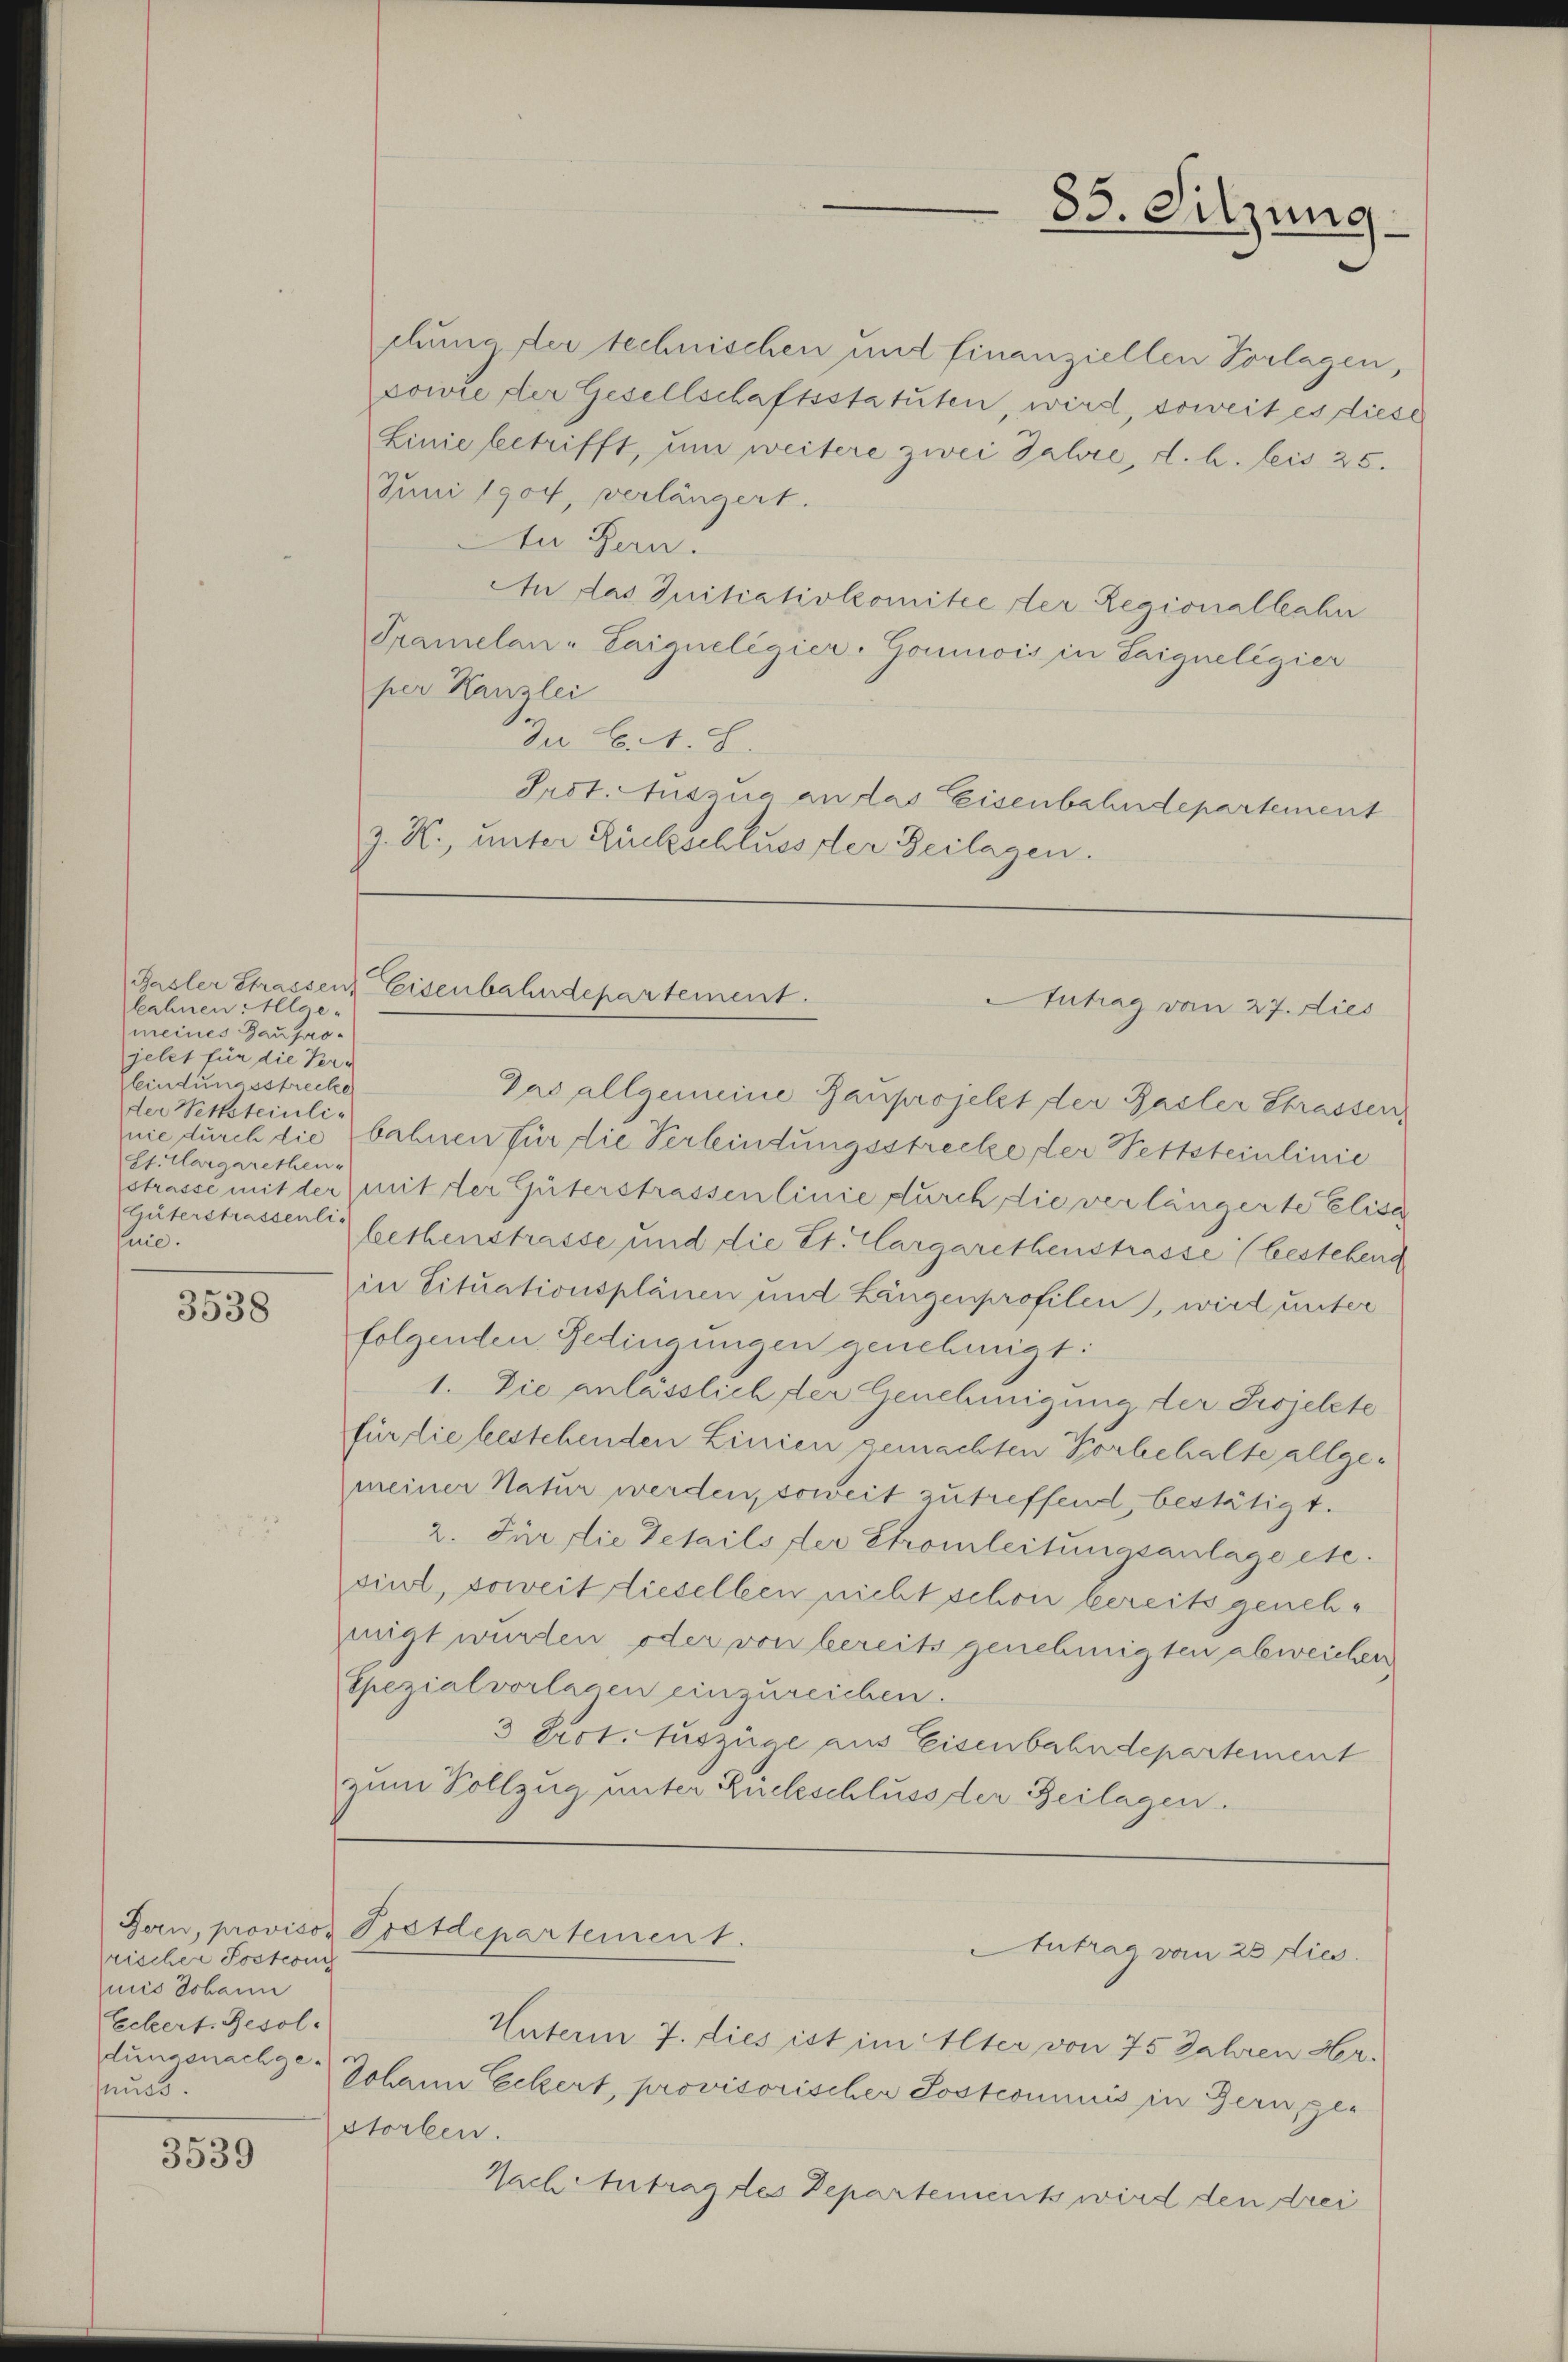
kahnen: Klae-
meines Bauprojelet für die Verbindungsstrecke
der Vettsteinli¬
St. Aargarethen
Güterstrassenlis
mie.

3538

rischer Postconi
miis Johann
Eckert. Resol
dungsnachgeuss.

3539

chung der technischen und finanziellen Vorlagen,
sowie der Gesellschaftsstatuten, wird, soweit es diese
Linie betrifft, um weitere zwei Jahre, d. h. leis 25.
Juni 1900, verlängert.
An Hrn.
An das Initiativkomitee der Regionalbahn
Pramelan- Laigneligier. Goumois in Saigneligier
per Kanzlei
In Ct. S.
Irst. Auszug an das Eisenbahndepartement
z. K., unter Rückschluss der Zeilagen.

83. Sitzung

Basler Strassen Eisenbahndepartement.
Autrag vom 27. dies

Das allgemeine Bauprojekt der Basler Strassen
nie durch die bahnen für die Verbindungsstrecke, der Pettsteinlinie
strasse mit der mit der Güterstrassenlinie durch die verlängerte Elise
bethenstrasse und die Et. Aargarethenstrasse (bestehend
in Situationsplänen und Längenprofilen, wird unter
folgenden Gedingungen genehmigt:
1. Die anlässlich der Genehmigung der Projekte
für die bestehenden Linien gemachten Vorbehalte allgemeiner Natur werden, soweit zutreffend bestätigt.
2. Für die Details der Stromleitungsanlage etc.
sint, soweit lieselben nicht schon bereits genehwigt wurden, oder von bereits genehmigten abweichen
Spezialvorlagen einzureichen.
3 Prot. Auszüge aus Eisenbahndepartement
zum Vollzug unter Rückschluss der Beilagen.

Bern, provisor Postdepartement.
Antrag vom 25 dies

Unterm 7. dies ist im Alter von 75 Jahren Her-
Johann Eckert, provisorischer Postcommuis in Bern gestorben.
Nach Antrag des Departement wird den drei